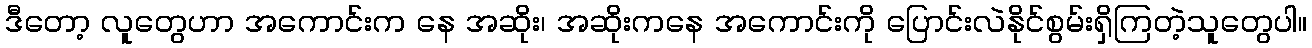
ဒီတော့ လူတွေဟာ အကောင်းက နေ အဆိုး၊ အဆိုးကနေ အကောင်းကို ပြောင်းလဲနိုင်စွမ်းရှိကြတဲ့သူတွေပါ။